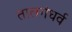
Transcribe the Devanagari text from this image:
तालगंधर्व